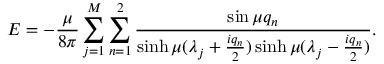
E = - { \frac { \mu } { 8 \pi } } \sum _ { j = 1 } ^ { M } \sum _ { n = 1 } ^ { 2 } { \frac { \sin \mu q _ { n } } { \sinh \mu ( \lambda _ { j } + { \frac { i q _ { n } } { 2 } } ) \sinh \mu ( \lambda _ { j } - { \frac { i q _ { n } } { 2 } } ) } } .